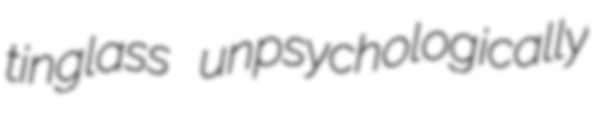
tinglass unpsychologically